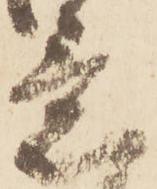
意